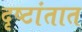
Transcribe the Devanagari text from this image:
दृष्टांतात